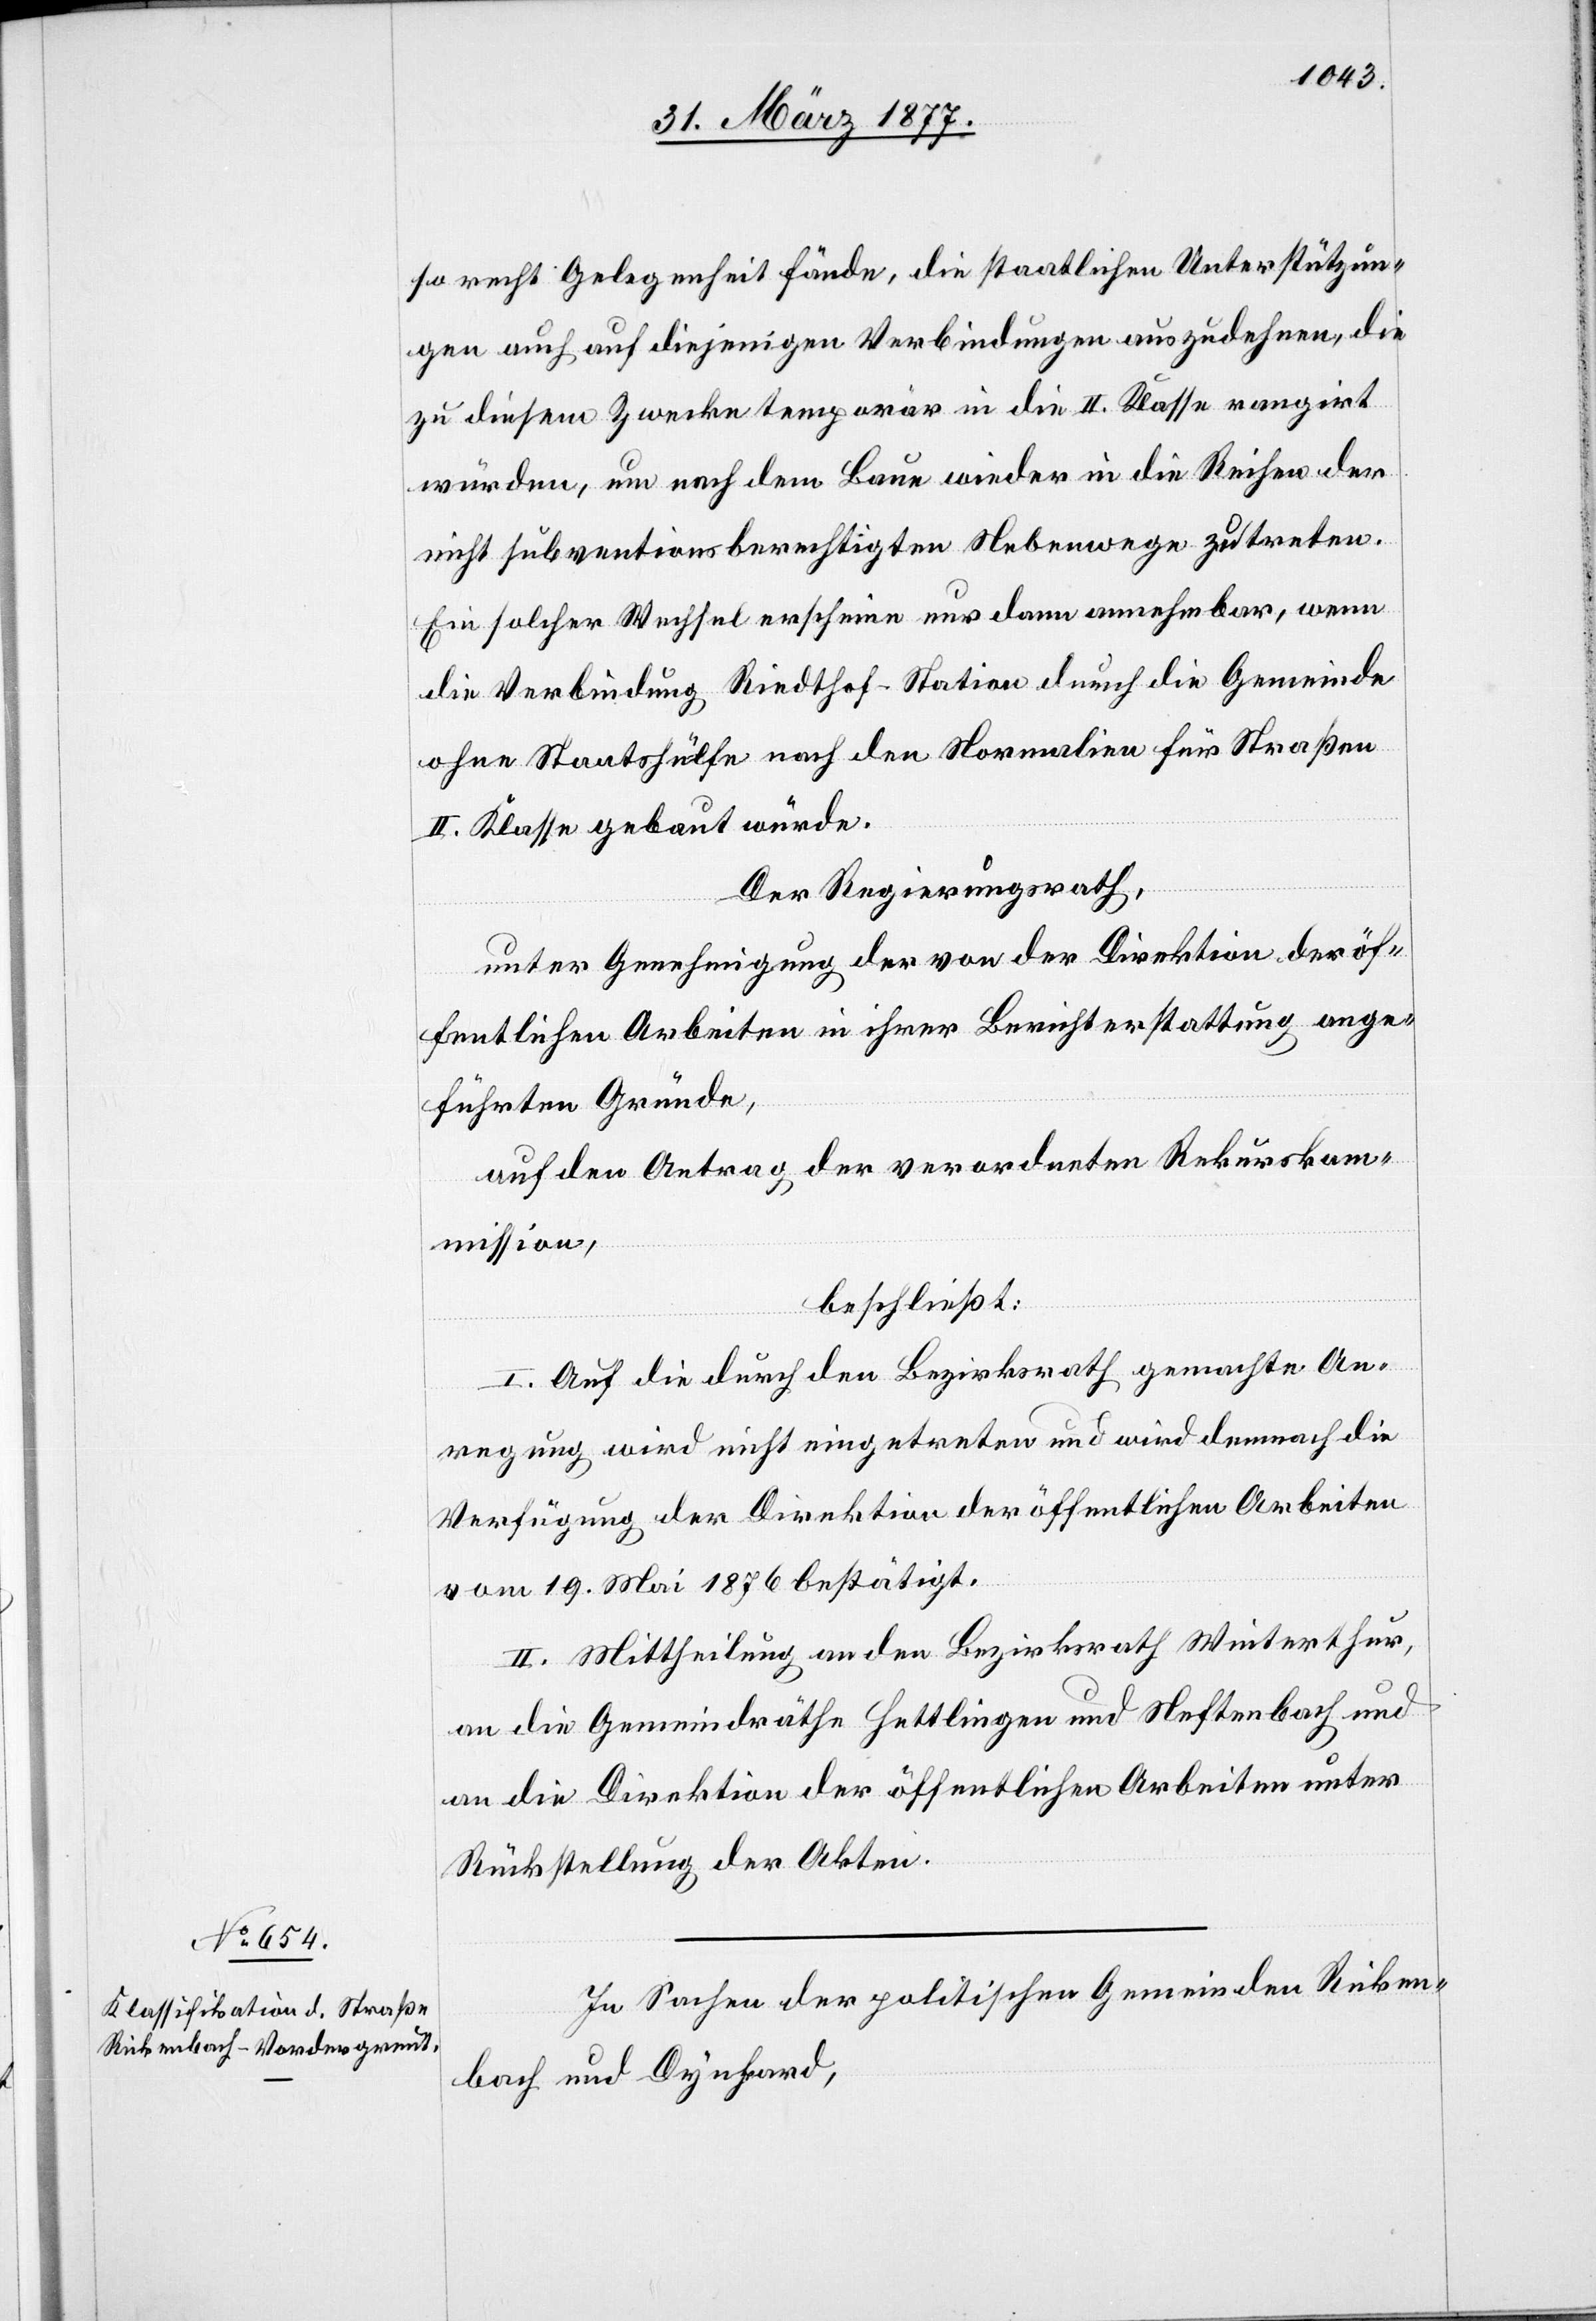
so recht Gelegenheit fände, die staatlichen Unterstützun¬
gen auch auf diejenigen Verbindungen auszudehnen, die
zu diesem Zwecke temporär in die II. Klasse rangirt
würden, um nach dem Baue wieder in die Reihe der
nicht subventionsberechtigten Nebenwege zu treten.
Ein solcher Wechsel erscheine nur dann annehmbar, wenn
die Verbindung Riedthof–Station durch die Gemeinde
ohne Staatshülfe nach den Normalien für Straßen
II. Klasse gebaut würde.
Der Regierungsrath,
unter Genehmigung der von der Direktion der öf¬
fentlichen Arbeiten in ihrer Berichterstattung ange¬
führten Gründe,
auf den Antrag der verordneten Rekurskom¬
mission,
beschließt:
I. Auf die durch den Bezirksrath gemachte An¬
regung wird nicht eingetreten und wird demnach die
Verfügung der Direktion der öffentlichen Arbeiten
vom 19. Mai 1876 bestätigt.
II. Mittheilung an den Bezirksrath Winterthur,
an die Gemeindräthe Hettlingen und Neftenbach und
an die Direktion der öffentlichen Arbeiten unter
Rückstellung der Akten.
In Sachen der politischen Gemeinden Ricken¬
bach und Dynhard,